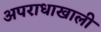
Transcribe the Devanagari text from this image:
अपराधाखाली